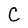
Character: C